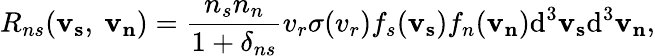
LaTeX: R_{ns}(\mathbf{v_{s}},\ \mathbf{v_{n}})=\frac{n_{s}n_{n}}{1+\delta_{ns}}v_{r}\sigma(v_{r})f_{s}(\mathbf{v_{s}})f_{n}(\mathbf{v_{n}})\mathrm{d}^{3}\mathbf{v_{s}}\mathrm{d}^{3}\mathbf{v_{n}},